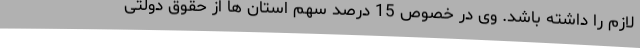
لازم را داشته باشد. وی در خصوص 15 درصد سهم استان ها از حقوق دولتی